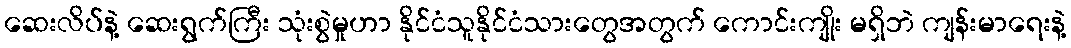
ဆေးလိပ်နဲ့ ဆေးရွက်ကြီး သုံးစွဲမှုဟာ နိုင်ငံသူနိုင်ငံသားတွေအတွက် ကောင်းကျိုး မရှိဘဲ ကျန်းမာရေးနဲ့